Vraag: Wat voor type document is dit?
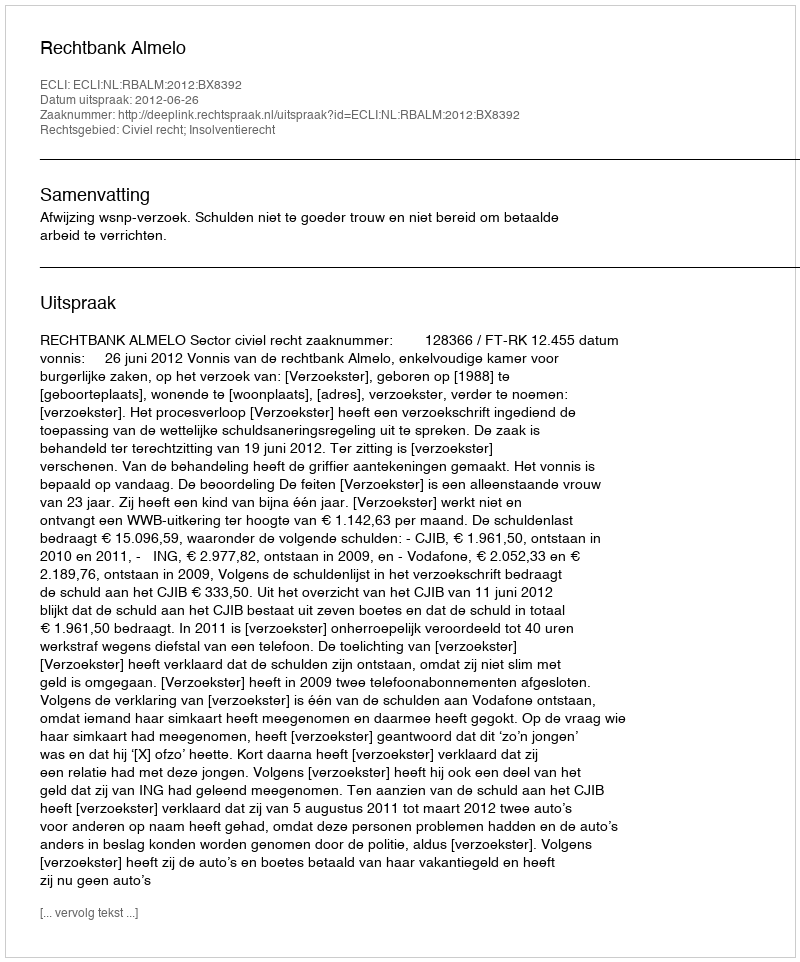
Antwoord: Uitspraak